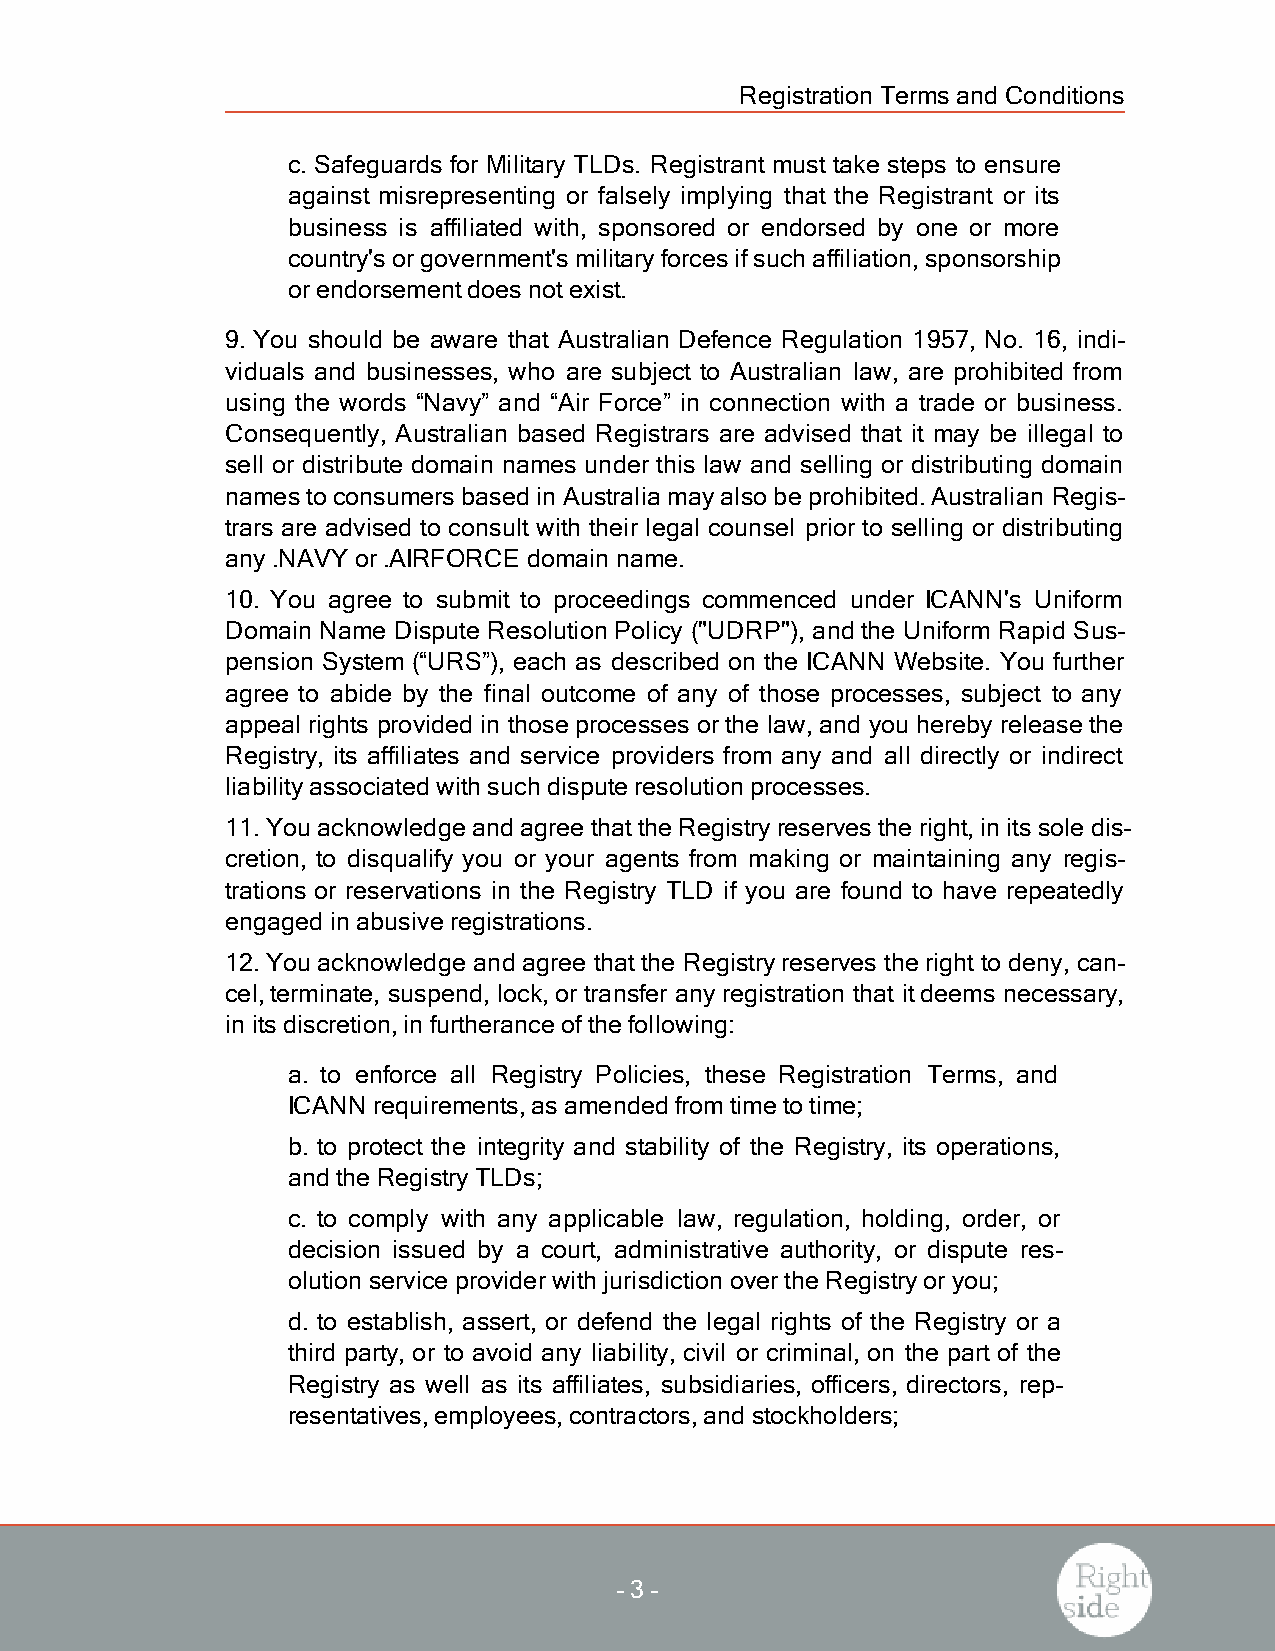
Registration Termsand Conditions
 c. Safeguards for Military TLDs. Registrant must take steps to ensure
 against misrepresenting or falsely implying that the Registrant or its
 business is affiliated with, sponsored or endorsed by one or more
 country'sorgovernment'smilitaryforcesifsuch affiliation,sponsorship
 orendorsementdoesnotexist.
 9. You should be aware that Australian Defence Regulation 1957, No. 16, indi-
 viduals and businesses, who are subject to Australian law, are prohibited from
 using the words “Navy” and “Air Force” in connection with a trade or business.
 Consequently, Australian based Registrars are advised that it may be illegal to
 sell or distribute domain names under this law and selling or distributing domain
 namesto consumersbased in Australia mayalso be prohibited.Australian Regis-
 trars are advised to consult with their legal counsel prior to selling or distributing
 any.NAVY or.AIRFORCE domain name.
 10. You agree to submit to proceedings commenced under ICANN's Uniform
 Domain Name Dispute Resolution Policy ("UDRP"), and the Uniform Rapid Sus-
 pension System (“URS”), each as described on the ICANN Website. You further
 agree to abide by the final outcome of any of those processes, subject to any
 appeal rights provided in those processes orthe law,and you hereby release the
 Registry, its affiliates and service providers from any and all directly or indirect
 liabilityassociated with such dispute resolution processes.
 11.You acknowledge and agree thatthe Registryreservesthe right,in itssole dis-
 cretion, to disqualify you or your agents from making or maintaining any regis-
 trations or reservations in the Registry TLD if you are found to have repeatedly
 engaged in abusive registrations.
 12.You acknowledge and agree thatthe Registryreserves the right to deny, can-
 cel,terminate, suspend, lock,or transfer anyregistration that itdeems necessary,
 in itsdiscretion,in furtherance ofthe following:
 a. to enforce all Registry Policies, these Registration Terms, and
 ICANN requirements,asamended fromtime to time;
 b. to protect the integrity and stability of the Registry, its operations,
 and the RegistryTLDs;
 c. to comply with any applicable law, regulation, holding, order, or
 decision issued by a court, administrative authority, or dispute res-
 olution service providerwith jurisdiction overthe Registryoryou;
 d. to establish, assert, or defend the legal rights of the Registry or a
 third party, or to avoid any liability, civil or criminal, on the part of the
 Registry as well as its affiliates, subsidiaries, officers, directors, rep-
 resentatives,employees,contractors,and stockholders;
 -3 -